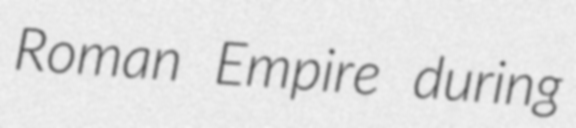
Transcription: Roman Empire during